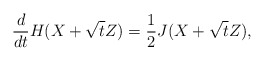
\begin{align*} \frac{d}{dt} H(X+\sqrt{t}Z)=\frac{1}{2} J(X+\sqrt{t}Z),\end{align*}